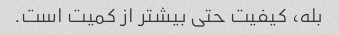
بله، کیفیت حتی بیشتر از کمیت است.